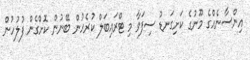
އިންސާނެއްގެ މޫނުގެ ކަށިގަނޑު ސިފަވާ މި ޓްރައިބަލް ކުރެހުން ބޭނުން ކޮށްގެން ފުލުހުން